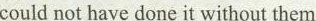
could not have done it without them.